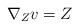
LaTeX: \begin{align*} \nabla_Z v=Z\end{align*}